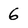
Character: 6